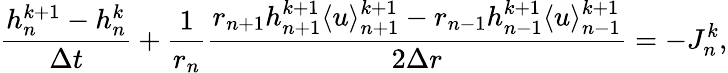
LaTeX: \frac{h_{n}^{k+1}-h_{n}^{k}}{\Delta t}+\frac{1}{r_{n}}\frac{r_{n+1}h_{n+1}^{k+1}\langle u\rangle_{n+1}^{k+1}-r_{n-1}h_{n-1}^{k+1}\langle u\rangle_{n-1}^{k+1}}{2\Delta r}=-J_{n}^{k},